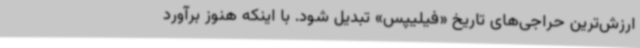
ارزش‌ترین حراجی‌های تاریخ «فیلیپس» تبدیل شود. با اینکه هنوز برآورد